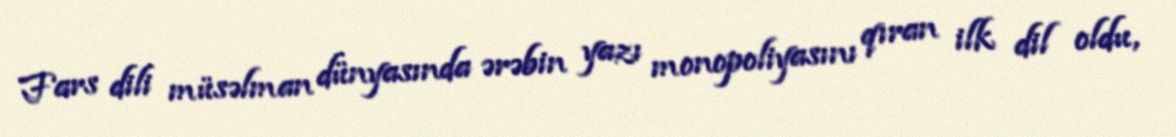
Fars dili müsəlman dünyasında ərəbin yazı monopoliyasını qıran ilk dil oldu,